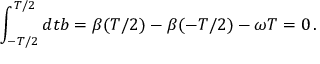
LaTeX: \int _ { - T / 2 } ^ { T / 2 } d t b = \beta ( T / 2 ) - \beta ( - T / 2 ) - \omega T = 0 \, .